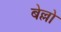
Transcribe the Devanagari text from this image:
बेल्लो